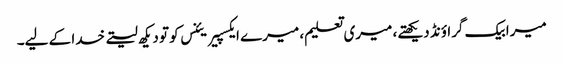
میرا بیک گراؤنڈ دیکھتے، میری تعلیم، میرے ایکسپیریئنس کو تو دیکھ لیتے خدا کے لیے۔